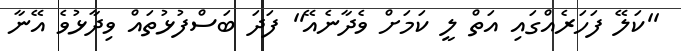
''ކަލޭ ފަހަރެއްގައި އަތް ލީ ކަމަށް ވެދާނެއޭ'' ފަދަ ބަސްފުޅުތައް ވިދާޅުވެ އޭނާ